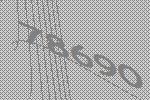
78690